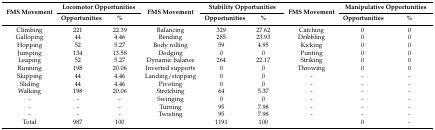
<table><thead><tr><td rowspan="2"><b>FMS Movement</b></td><td colspan="2"><b>Locomotor Opportunities</b></td><td rowspan="2"><b>FMS Movement</b></td><td colspan="2"><b>Stability Opportunities</b></td><td rowspan="2"><b>FMS Movement</b></td><td colspan="2"><b>Manipulative Opportunities</b></td></tr><tr><td><b>Opportunities</b></td><td><b>%</b></td><td><b>Opportunities</b></td><td><b>%</b></td><td><b>Opportunities</b></td><td><b>%</b></td></tr></thead><tbody><tr><td>Climbing</td><td>221</td><td>22.39</td><td>Balancing</td><td>329</td><td>27.62</td><td>Catching</td><td>0</td><td>0</td></tr><tr><td>Galloping</td><td>44</td><td>4.46</td><td>Bending</td><td>285</td><td>23.93</td><td>Dribbling</td><td>0</td><td>0</td></tr><tr><td>Hopping</td><td>52</td><td>5.27</td><td>Body rolling</td><td>59</td><td>4.95</td><td>Kicking</td><td>0</td><td>0</td></tr><tr><td>Jumping</td><td>134</td><td>13.58</td><td>Dodging</td><td>0</td><td>0</td><td>Punting</td><td>0</td><td>0</td></tr><tr><td>Leaping</td><td>52</td><td>5.27</td><td>Dynamic balance</td><td>264</td><td>22.17</td><td>Striking</td><td>0</td><td>0</td></tr><tr><td>Running</td><td>198</td><td>20.06</td><td>Inverted supports</td><td>0</td><td>0</td><td>Throwing</td><td>0</td><td>0</td></tr><tr><td>Skipping</td><td>44</td><td>4.46</td><td>Landing/stopping</td><td>0</td><td>0</td><td>-</td><td>-</td><td>-</td></tr><tr><td>Sliding</td><td>44</td><td>4.46</td><td>Pivoting</td><td>0</td><td>0</td><td>-</td><td>-</td><td>-</td></tr><tr><td>Walking</td><td>198</td><td>20.06</td><td>Stretching</td><td>64</td><td>5.37</td><td>-</td><td>-</td><td>-</td></tr><tr><td>-</td><td>-</td><td>-</td><td>Swinging</td><td>0</td><td>0</td><td>-</td><td>-</td><td>-</td></tr><tr><td>-</td><td>-</td><td>-</td><td>Turning</td><td>95</td><td>7.98</td><td>-</td><td>-</td><td>-</td></tr><tr><td>-</td><td>-</td><td>-</td><td>Twisting</td><td>95</td><td>7.98</td><td>-</td><td>-</td><td>-</td></tr><tr><td>Total</td><td>987</td><td>100</td><td></td><td>1191</td><td>100</td><td></td><td>0</td><td>-</td></tr></tbody></table>